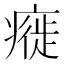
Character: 㿅